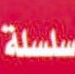
سنة